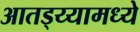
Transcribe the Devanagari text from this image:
आतड्य्यामध्ये